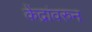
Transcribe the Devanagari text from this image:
केंद्रांवरुन